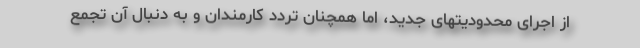
از اجرای محدودیتهای جدید، اما همچنان تردد کارمندان و به دنبال آن تجمع